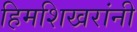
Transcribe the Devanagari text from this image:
हिमशिखरांनी